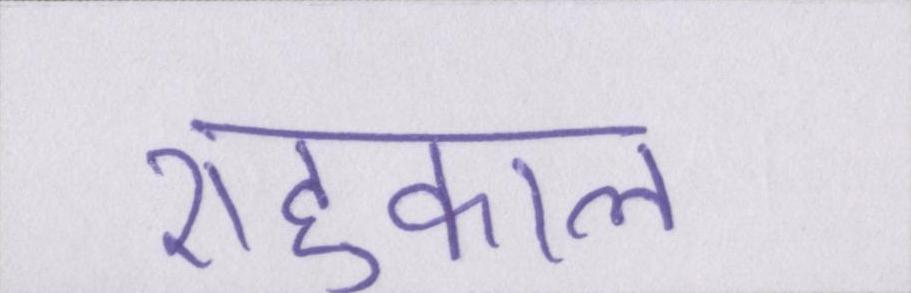
राहुकाल